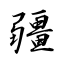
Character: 疆